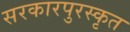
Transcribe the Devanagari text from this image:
सरकारपुरस्कृत